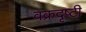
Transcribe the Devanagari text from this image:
वक्रदृष्टी